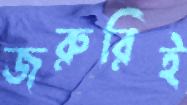
জরুরিই